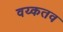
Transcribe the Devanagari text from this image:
वय्कतव